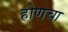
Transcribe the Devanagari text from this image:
होणचा